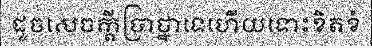
ដូចសេចក្តីប្រាថ្នាទេហើយទោះខិតខំ